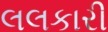
લલકારી